Jaan_Tonisson_(Lasteleht), lk 544
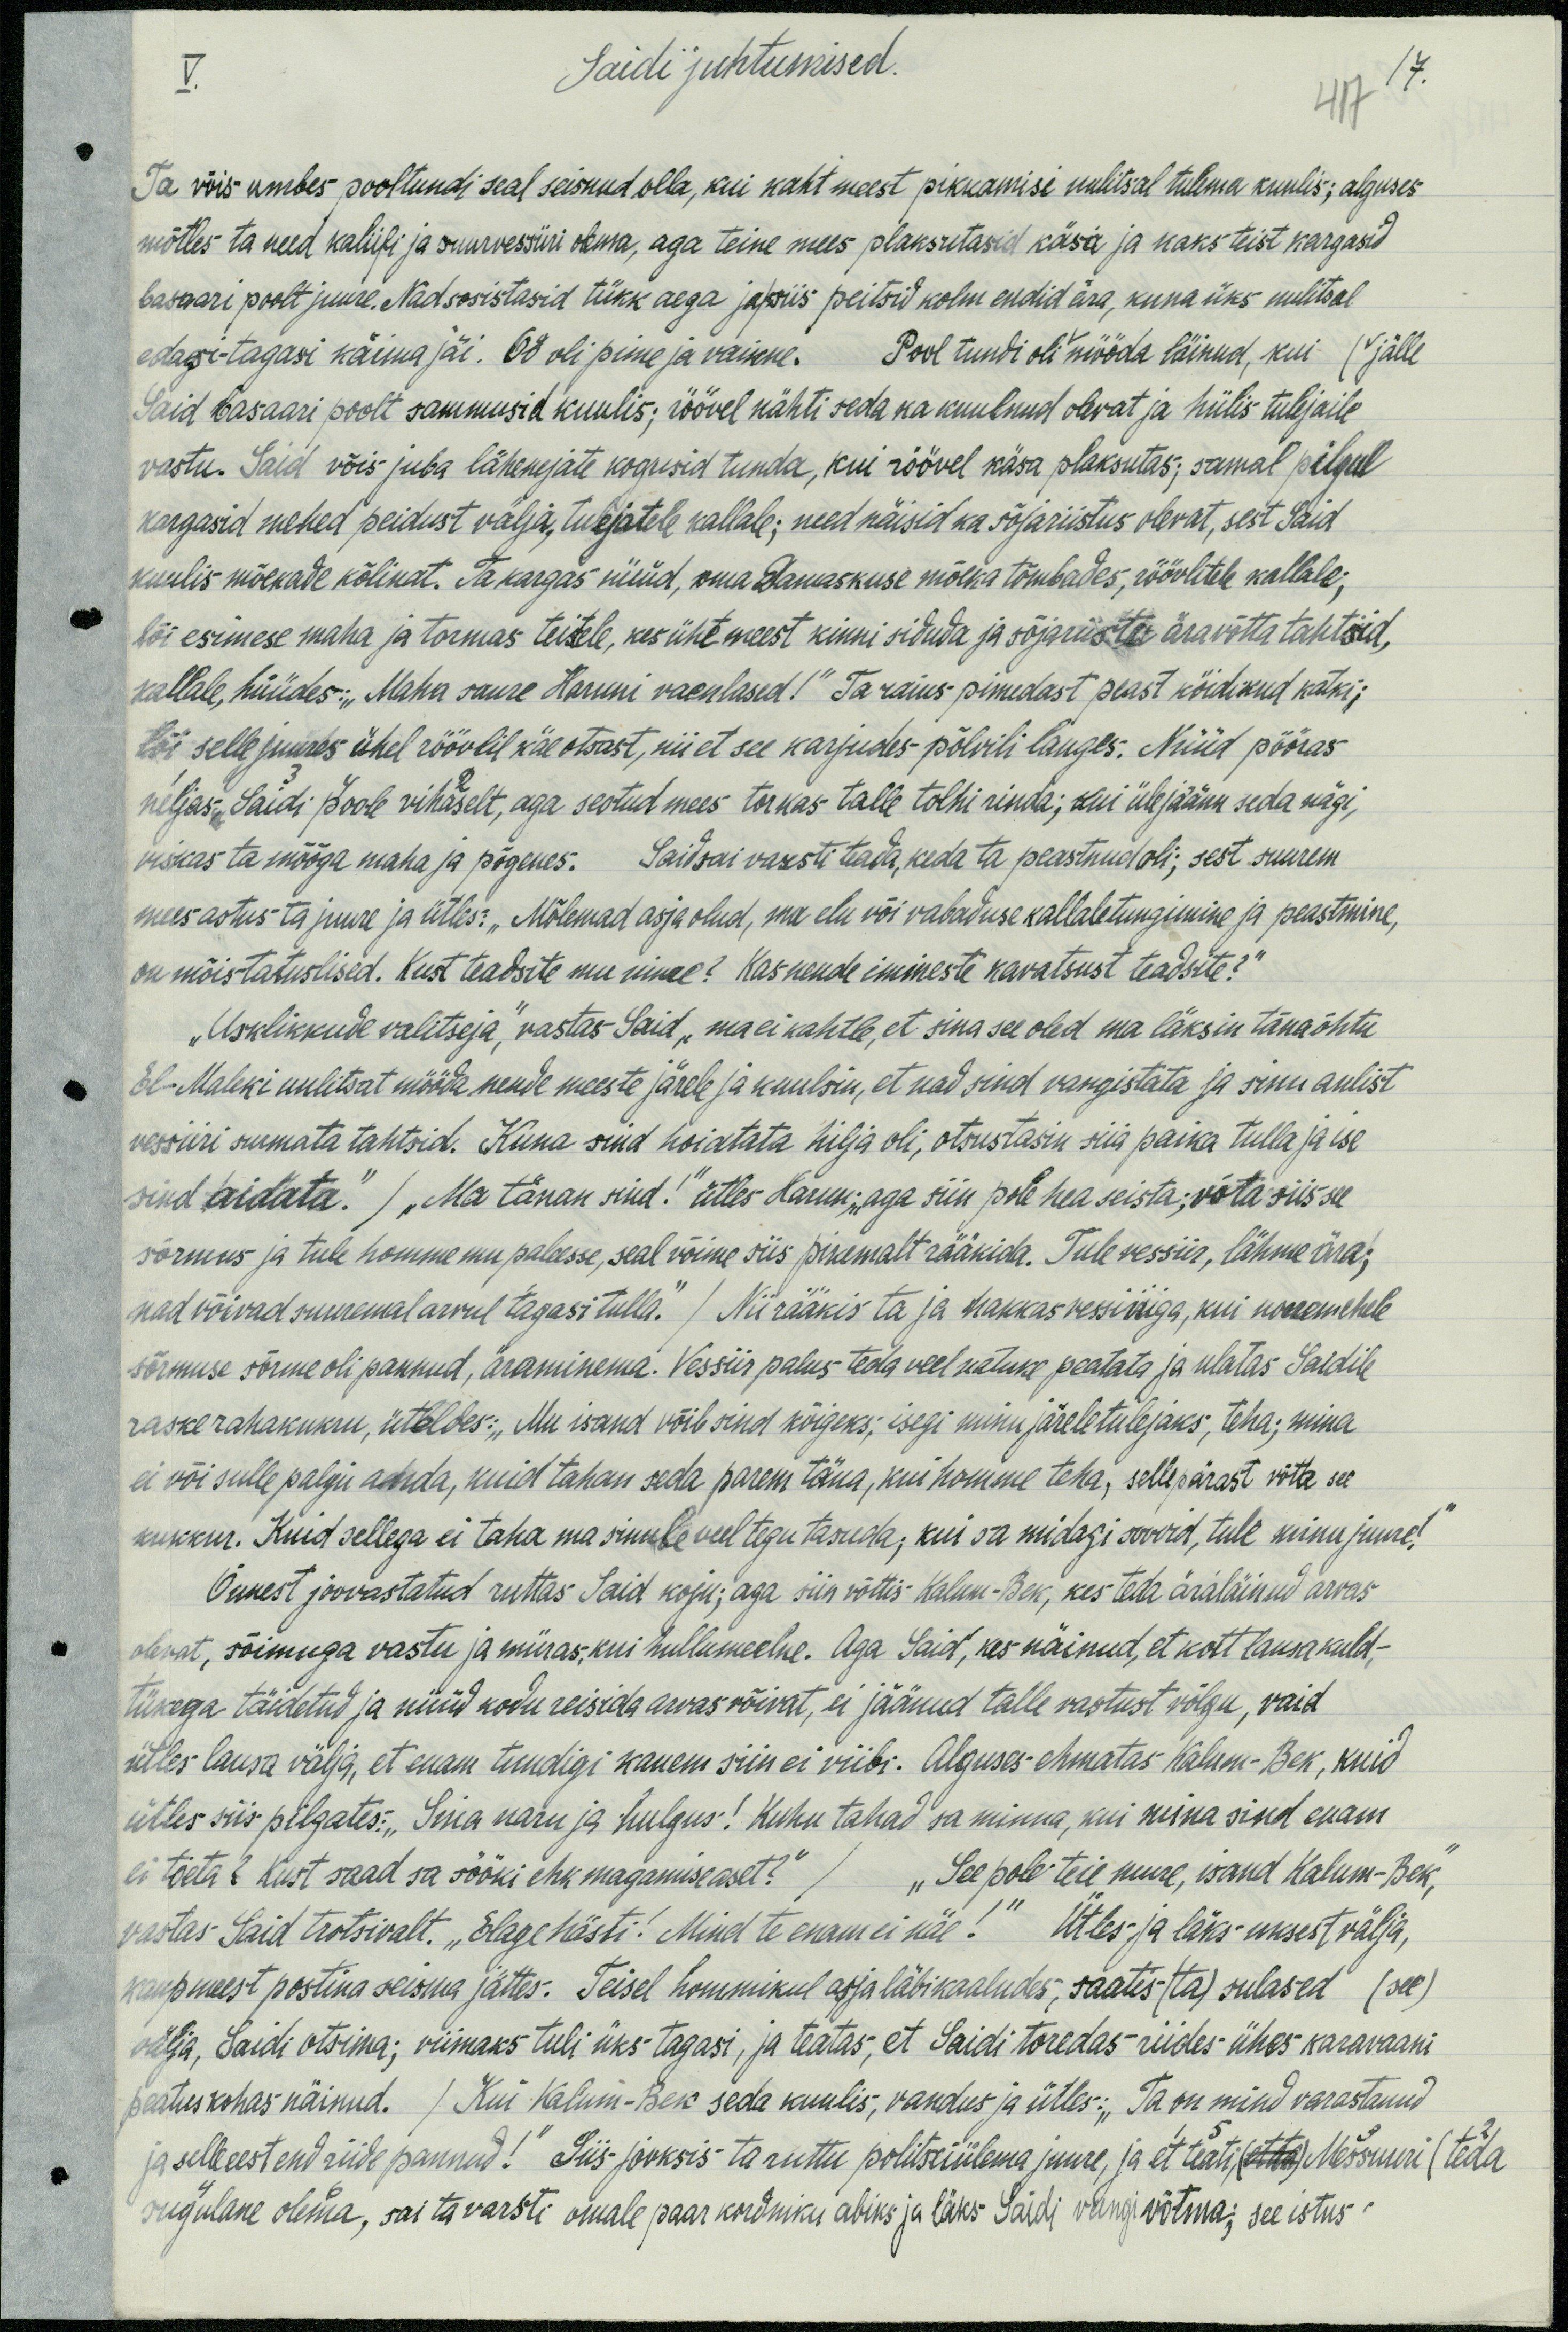
V.
Saidi juhtumised.
417
17.
Ta võis umbes pooltundi seal seisnud olla, kui kaht meest pikkamisi uulitsal tulema kuulis; alguses
mõtles ta need kaliifi ja suurvessiiri olema, aga teine mees plaksutasid käsa ja kaks teist kargasid
basaari poolt juure. Nad sosistasid tükk aega ja siis peitsid kolm endid ära, kuna üks uulitsal
edasi-tagasi käima jäi. Öö oli pime ja vaikne. Pool tundi oli mööda läinud, kui (jälle
Said basaari poolt sammusid kuulis, röövel nähti seda ka kuuluud olevat ja hiilis tulejaile
vastu. Said võis juba lähenejate kogusid tunda, kui röövel käsa plaksutas; samal pilgul
kargasid mehed peidust välja, tulejatele kallale; need näisid ka sõjariistus olevat, sest Said
kuulis mõekade kõlinat. Ta kargas nüüd, oma Damaskuse mõeka tõmbades, röövlitele kallale,
lõi esimese maha ja tormas teistele, kes ühte meest kinni siduda ja sõjariistu äravõtta tahtsid,
kallale, hüüdes: "Maha suure Haruni vaenlased!" Ta raius pimedast peast köidikud katki;
lõi selle juures ühel röövil käeotsast, nii et see karjudes põlvili langes. Nüüd pööras
neljas Saidi poole vihaselt, aga seotud mees torkas talle tolhi rinda; kui ülejäänu seda nägi,
viskas ta mõõga maha ja põgenes. Said sai varsti teada, keda ta peastnud oli; sest suurem
mees astus ta juurde ja ütles: "Mõlemad asjaolud, mu elu või vabaduse kallaletungimine ja peastmine,
on mõistatulised. Kust teadste mu nime? Kas nende inimeste kavatsust teadsite?“
„Usklikkude valitseja,“ vastas Said "ma ei kahtle, et sina see oled ma läksin tänaõhtu
El-Maleki uulitsat mööda nende meeste järele ja kuulsin, et nad sind vangistata ja sinu aulist
vessiiri surmata tahtsid. Kuna sind hoiatata hilja oli, otsustasin siia paika tulla ja ise
sind aidata" / „Ma tänan sind." ütles Harun; „aga siin pole hea seista; võta siis see
sõrmus ja tule homme mu paleesse, seal võime siis pikemalt rääkida. Tule vessiir, lähme ära-
nad võivad suuremal arvul tagasi tulla." / Nii rääkis ta ja hakkas vessiiriga, kui nooremehele
sõrmuse sõrme oli pannud, äraminema. Vessiir palus teda veel natuke peatata, ja ulatas Saidile.
raske rahakukru, üteldes: "Mu isand võib sind kõigeks; isegi minu järeletulejaks, teha; mina
ei või sulle palju anda, kuid tahan seda parem täna, kui homme teha, sellepärast võta see,
kukkur. Kuid sellega ei taha ma sinule veel tegu tasuda, kui sa midagi soovid, tule minu juure!"
Õnnest joovastatud ruttas Said koju; aga siin võttis Kalum-Bek, kes teda äraläinud arvas
olevat, sõimuga vastu ja müras, kui hullumeelne. Aga Said, kes näinud, et kott lausa kuld-
tükega täidetud ja nüüd kodu reisida arvas võivat, ei jäänud talle vastust võlgu, vaid
ütles lausa välja, et enam tundigi kauem siin ei viibi. Alguses-ehmatas Kalum-Bek, kuid
ütles siis pilgates: "Sina näru ja hulgus! Kuhu tahad sa minna, kui mina sind enam
ei toeta? Kust saad sa sööki ehk magamiseast?" / "See pole teie mure, isand Kalum-Bek",
vastas Said trotsivalt. "Elage hästi." Mind te enam ei näe!" Ütles ja läks-uksest välja,
kaupmeest postina seisma jättes. Teisel hommikul asja läbikaaludes, saatis (ta) sulased (see)
välja, Saidi otsima; viimaks tuli üks tagasi, ja teatas, et Saidi toredas riides ühes karavaani
peatuskohas näinud. / Kui Kalum-Ben seda kuulis, vandus ja ütles: "Ta on mind varastanud
ja selle eest end riide pannud!" Siis jooksis ta ruttu politseiülema juure, ja et teati  Messuuri (teda
sugulane olema, sai ta varsti omale paar kordniku abiks ja läks Saidi olingi võtma; see istus"